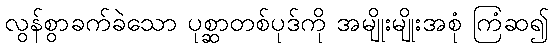
လွန်စွာခက်ခဲသော ပုစ္ဆာတစ်ပုဒ်ကို အမျိုးမျိုးအစုံ ကြံဆ၍